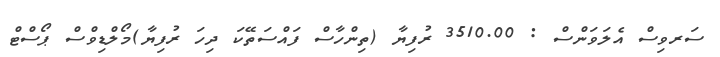
ސަރވިސް އެލަވަންސް : 3510.00 ރުފިޔާ (ތިންހާސް ފައްސަތޭކަ ދިހަ ރުފިޔާ)މޯލްޑިވްސް ޕޯސްޓް